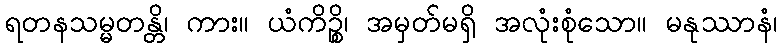
ရတနသမ္မတန္တိ၊ ကား။ ယံကိဉ္စိ၊ အမှတ်မရှိ အလုံးစုံသော။ မနုဿာနံ၊